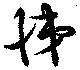
悌